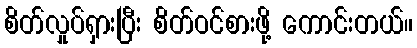
စိတ်လှုပ်ရှားပြီး စိတ်ဝင်စားဖို့ ကောင်းတယ်။